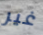
غير